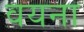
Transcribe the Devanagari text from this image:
वयना